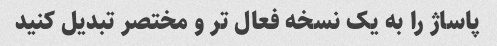
پاساژ را به یک نسخه فعال تر و مختصر تبدیل کنید